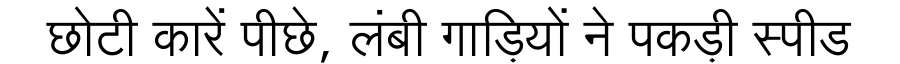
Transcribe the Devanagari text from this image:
छोटी कारें पीछे, लंबी गाड़ियों ने पकड़ी स्पीड